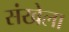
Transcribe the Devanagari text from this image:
संखेला